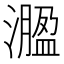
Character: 㵬